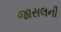
જાસલની